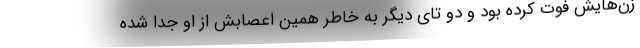
زن‌هایش فوت کرده بود و دو تای دیگر به خاطر همین اعصابش از او جدا شده